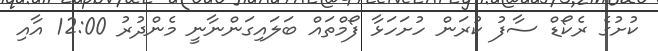
ކުށުގެ ރެކޯޑް ސާފު ކުރަން ހުށަހަޅާ ފޯމްތައް ބަލައިގަންނާނީ މެންދުރު 12:00 އާއި